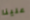
علينا